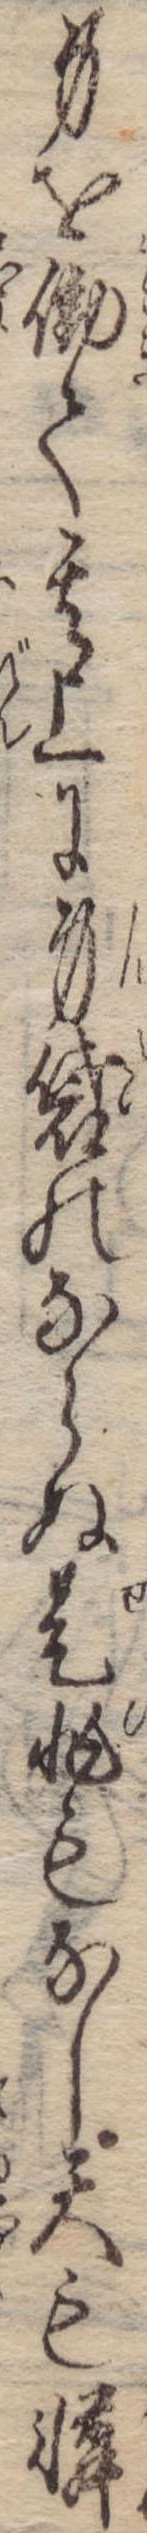
身を働て其上に身袋のならぬ是非もなし天も憐